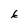
Character: 6